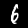
Digit: 6